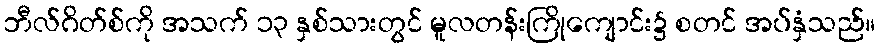
ဘီလ်ဂိတ်စ်ကို အသက် ၁၃ နှစ်သားတွင် မူလတန်းကြိုကျောင်း၌ စတင် အပ်နှံသည်။